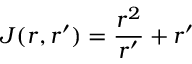
J ( r , r ^ { \prime } ) = \frac { r ^ { 2 } } { r ^ { \prime } } + r ^ { \prime }